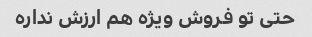
حتی تو فروش ویژه هم ارزش نداره